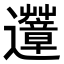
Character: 𨙏